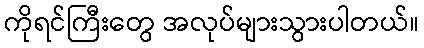
ကိုရင်ကြီးတွေ အလုပ်များသွားပါတယ်။